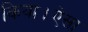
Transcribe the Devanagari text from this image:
किया।ऐसा